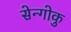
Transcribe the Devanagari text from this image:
सेन्गोकु